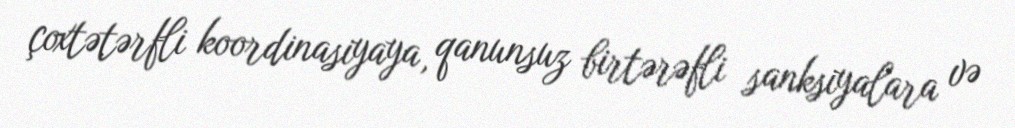
çoxtətərfli koordinasiyaya, qanunsuz birtərəfli sanksiyalara və